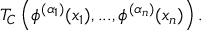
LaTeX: T _ { C } \left( \phi ^ { ( \alpha _ { 1 } ) } ( x _ { 1 } ) , . . . , \phi ^ { ( \alpha _ { n } ) } ( x _ { n } ) \right) .